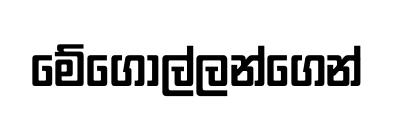
මේගොල්ලන්ගෙන්